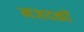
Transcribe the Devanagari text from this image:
मजदकों